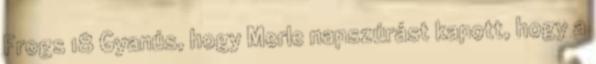
Frogs 18 Gyanús, hogy Merle napszúrást kapott, hogy a